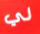
لي